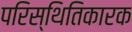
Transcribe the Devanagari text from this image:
परिस्थितिकारक